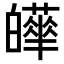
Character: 𤾴